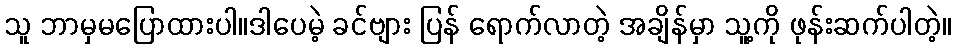
သူ ဘာမှမပြောထားပါ။ဒါပေမဲ့ ခင်ဗျား ပြန် ရောက်လာတဲ့ အချိန်မှာ သူ့ကို ဖုန်းဆက်ပါတဲ့။